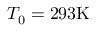
T _ { 0 } = 2 9 3 \mathrm { { K } }